Scottish Leaving Certificate Examination, 1957
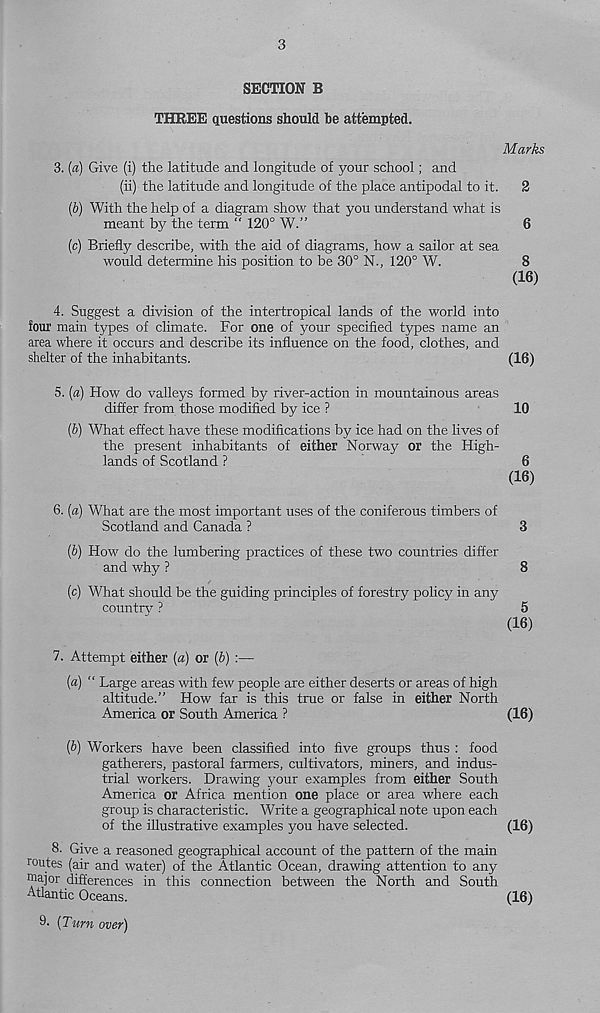
3
SECTION B
THREE questions should be attempted.
Marks
3. (a) Give (i) the latitude and longitude of your school; and
(ii) the latitude and longitude of the place antipodal to it. 2
(b) With the help of a diagram show that you understand what is
meant by the term “ 120° W.”
6
(c) Briefly describe, with the aid of diagrams, how a sailor at sea
would determine his position to be 30° N., 120° W.
8
(16)
4. Suggest a division of the intertropical lands of the world into
Sour main types of climate. For one of your specified types name an
area where it occurs and describe its influence on the food, clothes, and
shelter of the inhabitants.
(16)
5. (a) How do valleys formed by river-action in mountainous areas
differ from those modified by ice ?
10
(b) What effect have these modifications by ice had on the lives of
the present inhabitants of either Norway or the High-
lands of Scotland ?
6
(16)
6. (a) What are the most important uses of the coniferous timbers of
Scotland and Canada ?
3
(&) How do the lumbering practices of these two countries differ
and why ?
8
(c) What should be the guiding principles of forestry policy in any
country ?
5
(16)
7. Attempt either (a) or (b) :—
(a) “ Large areas with few people are either deserts or areas of high
altitude.” How far is this true or false in either North
America or South America ?
(16)
(5) Workers have been classified into five groups thus : food
gatherers, pastoral farmers, cultivators, miners, and indus-
trial workers. Drawing your examples from either South
America or Africa mention one place or area where each
group is characteristic. Write a geographical note upon each
of the illustrative examples you have selected.
(16)
8- Give a reasoned geographical account of the pattern of the main
routes (air and water) of the Atlantic Ocean, drawing attention to any
major differences in this connection between the North and South
Atlantic Oceans.
(16)
9- (Turn over)